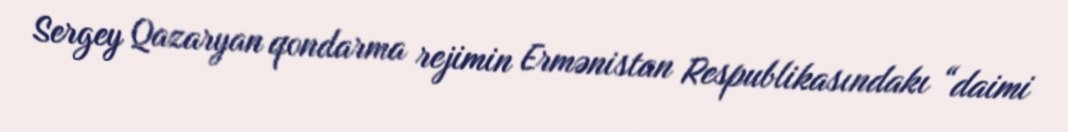
Sergey Qazaryan qondarma rejimin Ermənistan Respublikasındakı “daimi